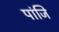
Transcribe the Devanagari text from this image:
पांजि